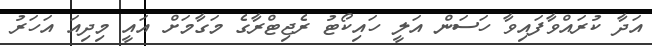
އަދާ ކުރައްވާފައިވާ ހަސަން އަލީ ހައިކޯޓު ރެޖިޓްރާގެ މަގާމަށް އައީ މިދިއަ އަހަރު